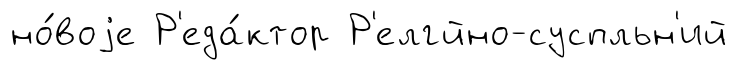
но́воjе Р'еда́ктор Р'елгйно-суспльн'ий